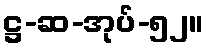
ဋ္ဌ-ဆ-အုပ်-၅၂။